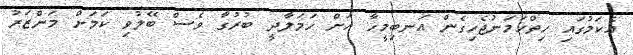
އެކަމުގައި ހިތްހަމަނުޖެހިގެން އަނބިމީހާ އަށް ހަމަލާދީ ބުރުގާ ވެސް ބޭލުވި ކަމަށް މަންޒަރު